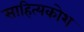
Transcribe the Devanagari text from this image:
साहित्यकोश